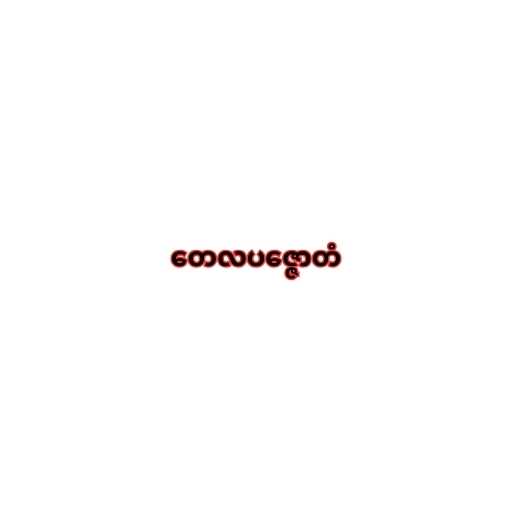
တေလပဇ္ဇောတံ